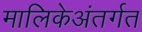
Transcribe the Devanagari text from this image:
मालिकेअंतर्गत